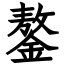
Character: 鏊